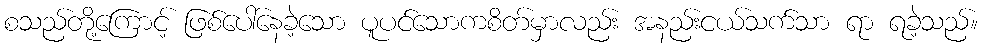
စသည်တို့ကြောင့် ဖြစ်ပေါ်နေခဲ့သော ပူပင်သောကစိတ်မှာလည်း အနည်းငယ်သက်သာ ရာ ရခဲ့သည်။